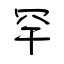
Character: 罕